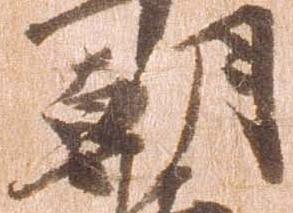
朝